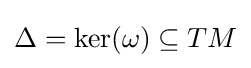
\Delta =\ker(\omega )\subseteq TM